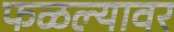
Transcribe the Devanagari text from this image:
फळल्यावर